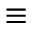
\equiv